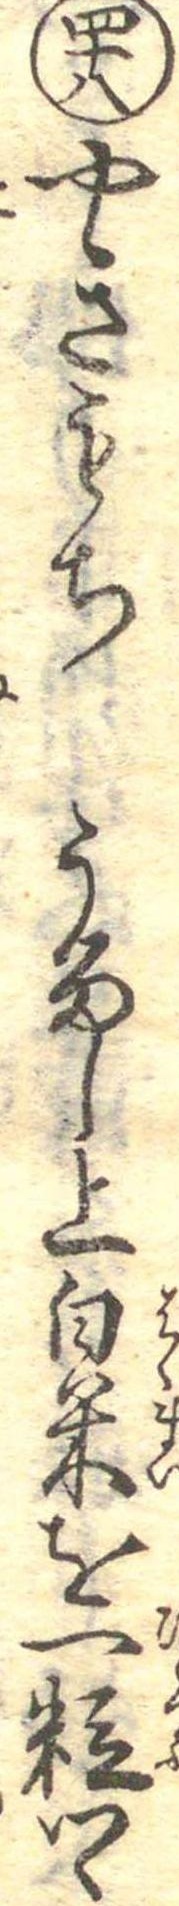
四十八やきもちうるし上白米を一粒つゝ